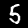
Label: 5